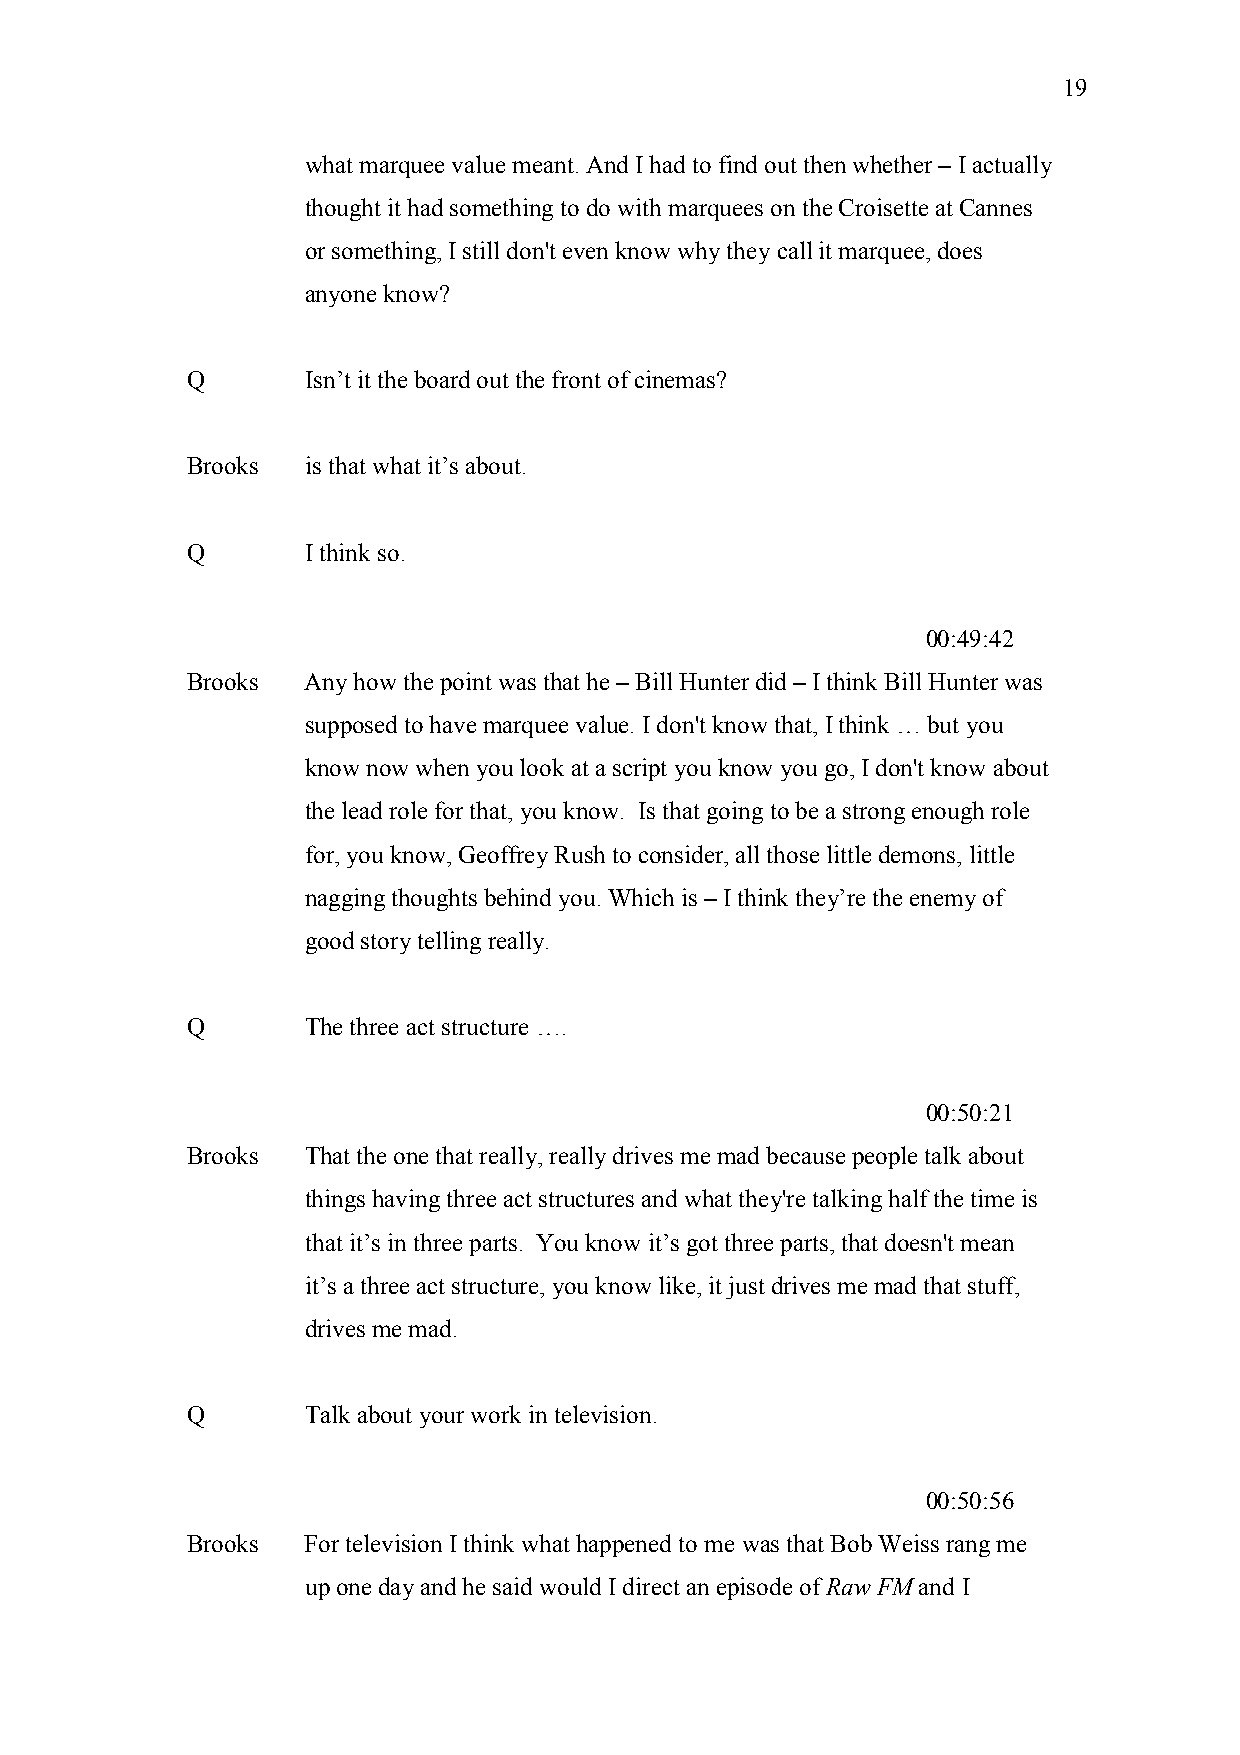
19
 what marquee value meant. And I had to find out then whether – I actually
 thought it had something to do with marquees on the Croisette at Cannes
 or something, I still don't even know why they call it marquee, does
 anyone know?
 Q       Isn’t it the board out the front of cinemas?
 Brooks  is that what it’s about.
 Q       I think so.
 00:49:42
 Brooks  Any how the point was that he – Bill Hunter did – I think Bill Hunter was
 supposed to have marquee value. I don't know that, I think … but you
 know now when you look at a script you know you go, I don't know about
 the lead role for that, you know. Is that going to be a strong enough role
 for, you know, Geoffrey Rush to consider, all those little demons, little
 nagging thoughts behind you. Which is – I think they’re the enemy of
 good story telling really.
 Q       The three act structure ….
 00:50:21
 Brooks  That the one that really, really drives me mad because people talk about
 things having three act structures and what they're talking half the time is
 that it’s in three parts. You know it’s got three parts, that doesn't mean
 it’s a three act structure, you know like, it just drives me mad that stuff,
 drives me mad.
 Q       Talk about your work in television.
 00:50:56
 Brooks  For television I think what happened to me was that Bob Weiss rang me
 up one day and he said would I direct an episode of Raw FM and I